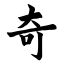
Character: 奇